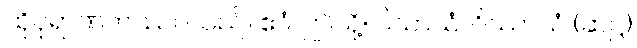
ထိုပုရာဏကဿပသည်။ ဧဝံ၊ ဤသို့။ ပိသာသံ၊ ဝိဿာသံ (ဆဋ္ဌ)